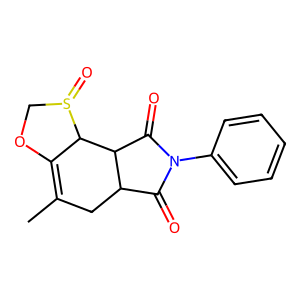
SMILES: CC1=C2OCS(=O)C2C2C(=O)N(c3ccccc3)C(=O)C2C1
Inhibits HIV replication: No